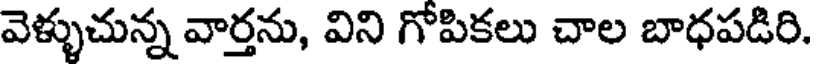
వెళ్ళుచున్న వార్తను, విని గోపికలు చాల బాధపడిరి.